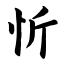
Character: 忻